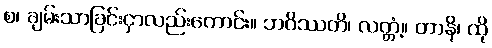
စ၊ ချမ်းသာခြင်းငှာလည်းကောင်း။ ဘဝိဿတိ၊ လတ္တံ့။ တာနိ၊ ထို